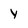
Character: y